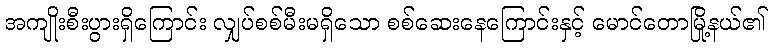
အကျိုးစီးပွားရှိကြောင်း လျှပ်စစ်မီးမရှိသော စစ်ဆေးနေကြောင်းနှင့် မောင်တောမြို့နယ်၏